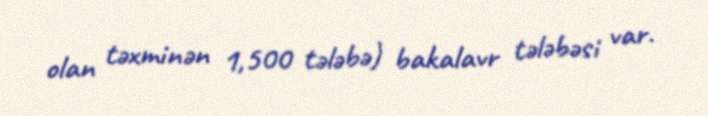
olan təxminən 1,500 tələbə) bakalavr tələbəsi var.